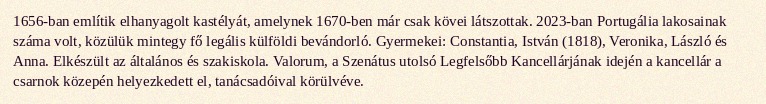
1656-ban említik elhanyagolt kastélyát, amelynek 1670-ben már csak kövei látszottak. 2023-ban Portugália lakosainak száma volt, közülük mintegy fő legális külföldi bevándorló. Gyermekei: Constantia, István (1818), Veronika, László és Anna. Elkészült az általános és szakiskola. Valorum, a Szenátus utolsó Legfelsőbb Kancellárjának idején a kancellár a csarnok közepén helyezkedett el, tanácsadóival körülvéve.